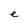
Character: e